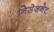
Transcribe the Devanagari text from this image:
निसेजनेट